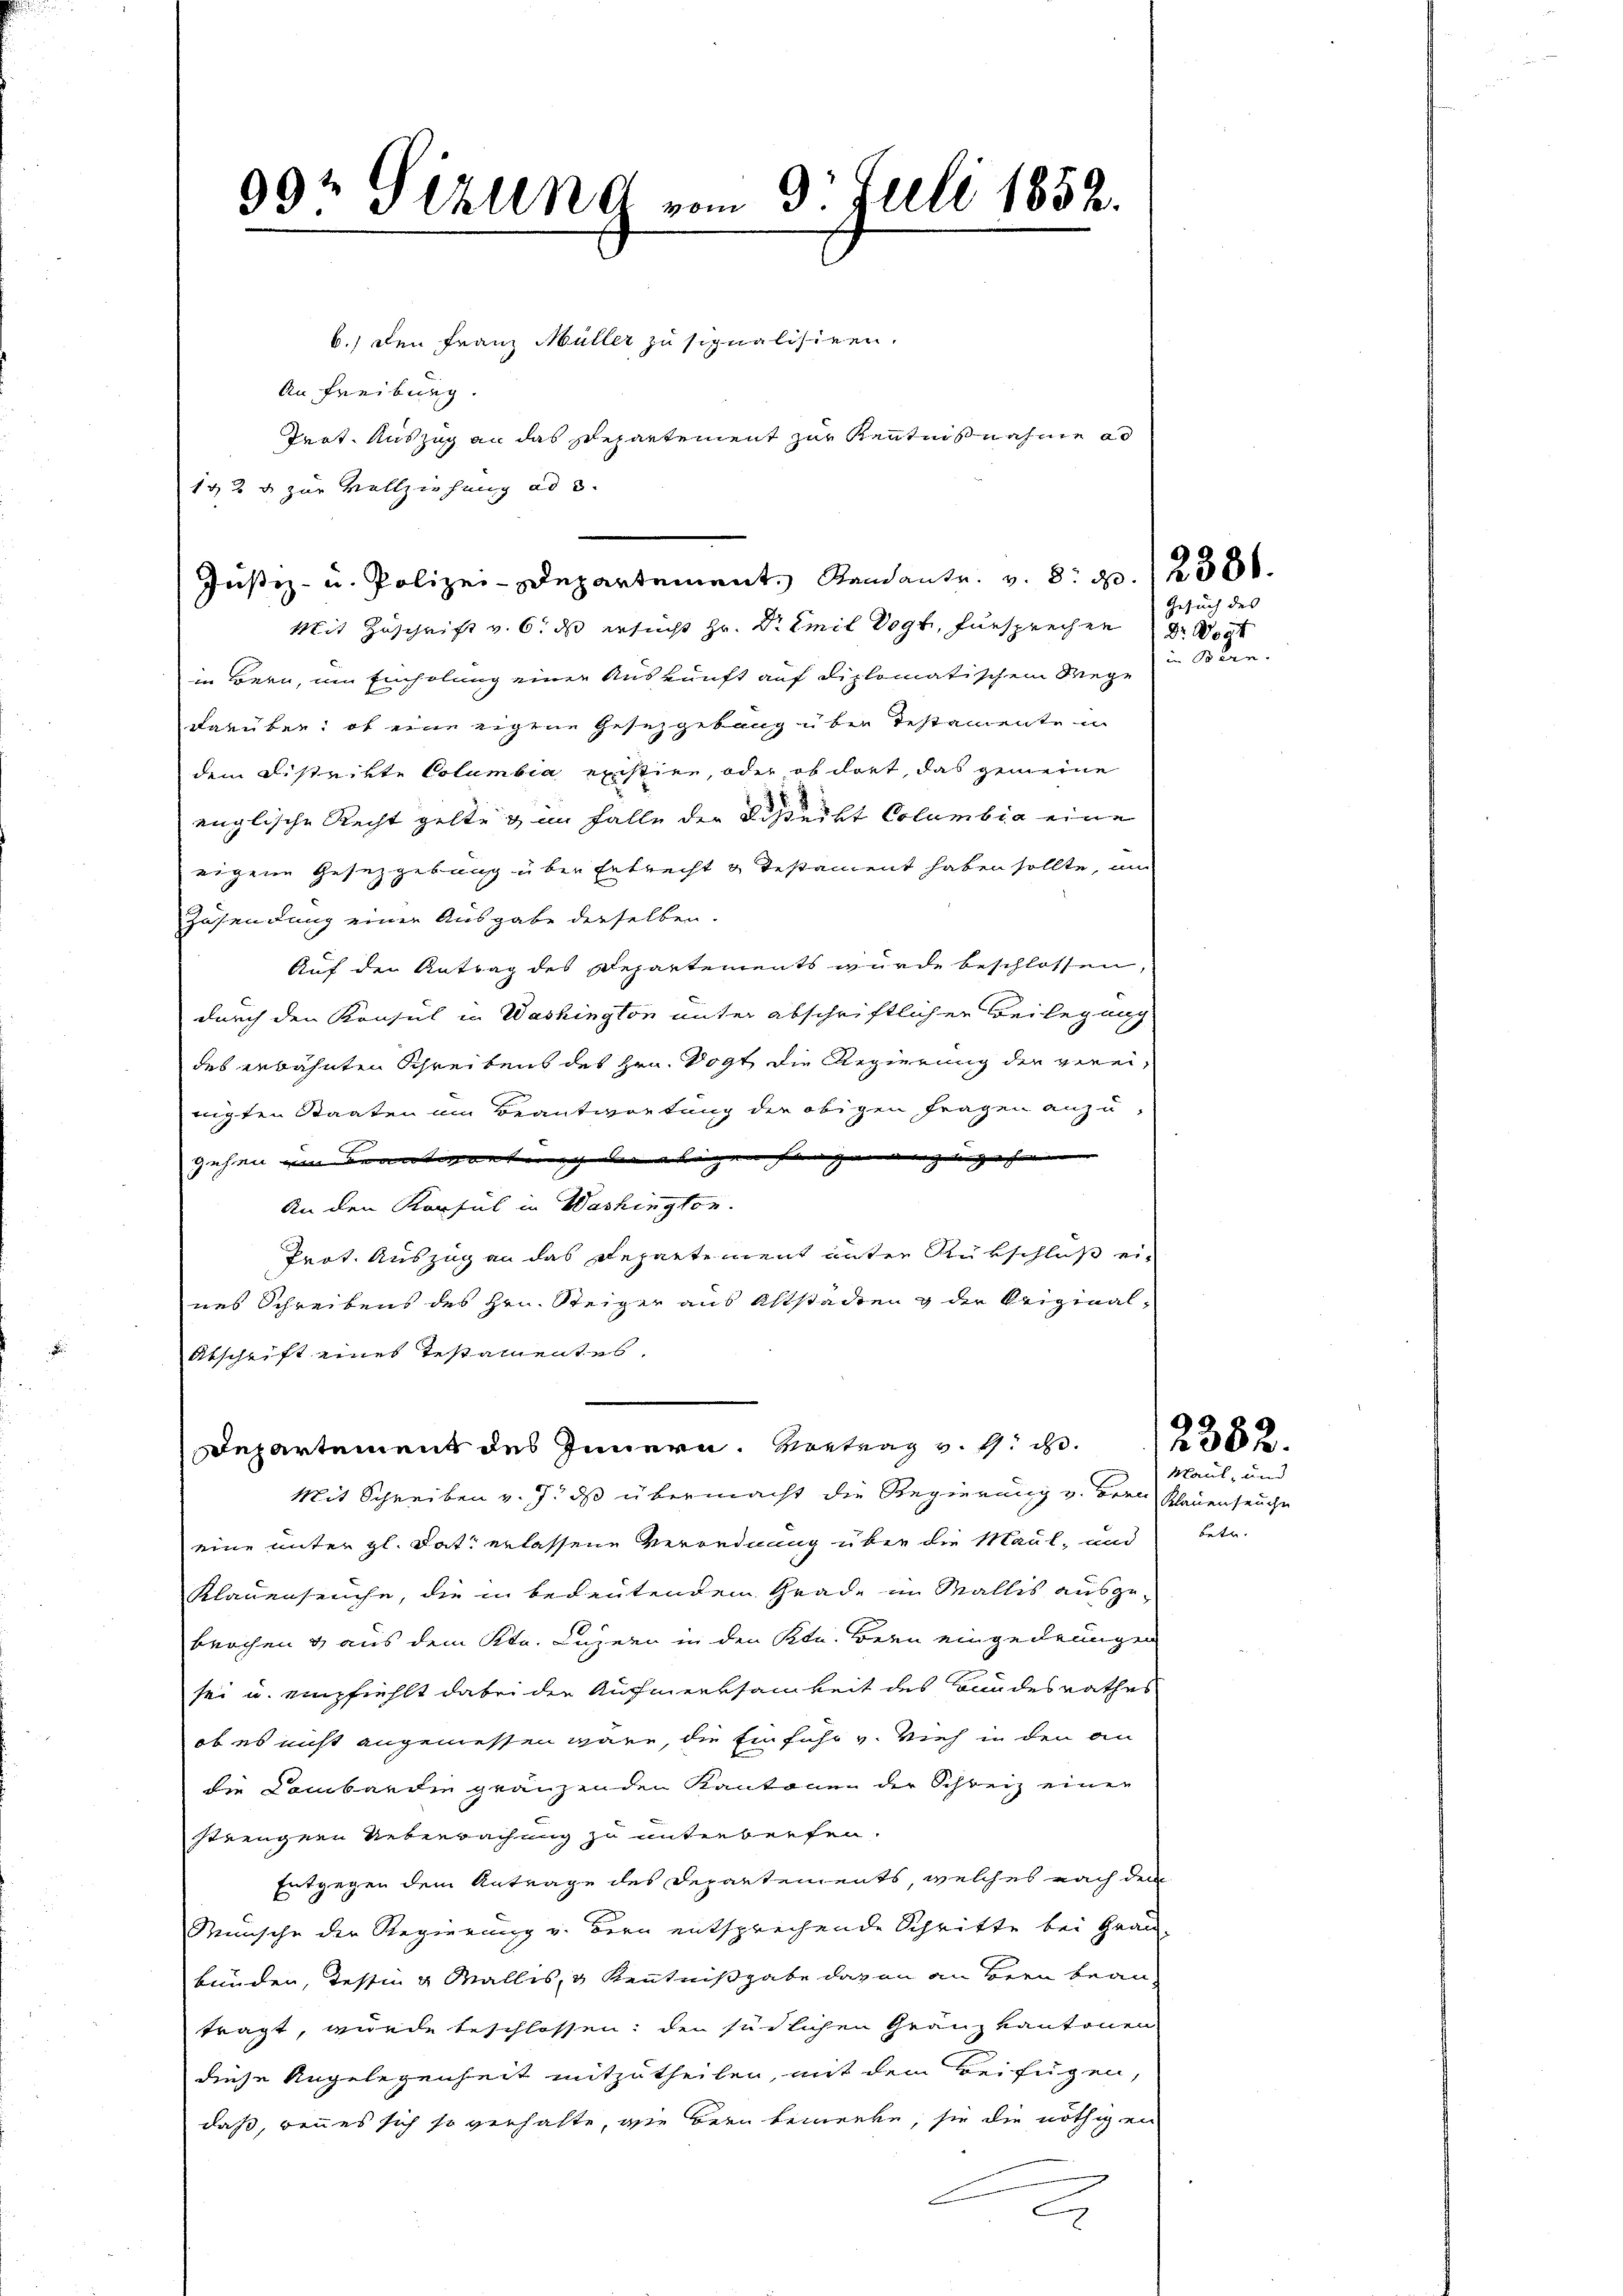
Jŭstiz- u. Polizei-Departement. Standante. v. 8. d. 12386.
Mit Zuschrift v. 6. ds ersucht Hr. Dr Emil Vogt, fürsprechen

99t Gizung vom 3. Juli 1852.

b.) den Franz Müller zu signalisiren.
An Freiburg.
Teit. Auszug an das Repartement zur Kenntnisnahme ad
192 u. zur Vollziehung ad 3.

in Bern, um Einholung einer Auskunft auf diplomatischem Wege
darüber, ob eine eigene Gesetzgebung über Testamente
dem Distrikte Columbia existien, oder ob dort, das gemeine
englische Recht gelte & im Falle der Besteckt Columbia eine
eigene Gesetzgebung über Entrecht u. Testament haben sollte, um
Zusendung einer Ausgabe derselben.
Auf den Antrag des Departements wurde beschlossen,
durch den Konsul in Washington unter abschriftlichen Beilegung
des erbahnten Schreibens des Hrn. Vogt die Regierung der vereinigten Staaten im Beantwortung der obigen Fragen anzuzehen im Beantwortung vertigen angen anzugehen
An den Konsul in Washington.
Prot. Auszug an das Repartement unter Rükschluß eines Schreibens des Hrn. Steiger aus Altstadten g der Reiginal¬
Abschrift eines Testamentes,
Departement des Innern. Vortrag v. h. d.
Mit Schreiben v. J. ds übermacht die Regierung v. Frau Klauenseuche
eine unter gl. dat. erlassene Verordnung über die Maul- und betr.
Klauenseuche, die in bedeutendem Grade im Wallis ausge-
brochen & aus dem Kt. Luzern in den Kle. Bern eingedrungen
sei u. empfiehlt dabei der Aufmerksamkeit des Bundesrathes
ob es nicht angemessen wäre, die Einfuhr v. Vieh in den an
die Combardie gränzenden Kantonen der Schweiz einer
strengern Ueberwachung zu unterberfen.
Entgegen dem Antrage des Departements, welches nach dem
Wünsche der Regierung v. Bern entsprechende Schritte bei Grau-
bunden, Tessin & Wallis, & Kenntnißgabe daran an Bern beantragt, wurde beschlossen; den südlichen Granz kantonen
diese Angelegenheit mitzutheilen, mit dem Beifügen,
daß, wenn es sich so verhalte, wie bern bemerke, sie die nöthigen
C

Gesuch des
Dr. Doct

in Bern.

2382.
Maul, und